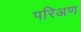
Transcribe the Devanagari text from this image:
परिअण